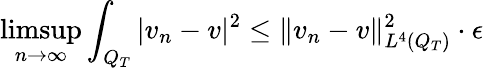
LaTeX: \operatorname*{limsup}_{n\rightarrow\infty}\int_{Q_{T}}|v_{n}-v|^{2}\leq\lVert v_{n}-v\rVert_{L^{4}(Q_{T})}^{2}\cdot\epsilon